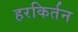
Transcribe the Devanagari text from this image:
हरकिर्तन